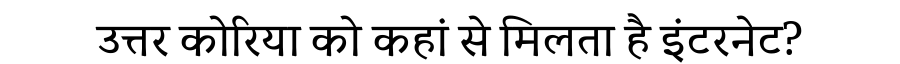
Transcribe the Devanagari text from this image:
उत्तर कोरिया को कहां से मिलता है इंटरनेट?